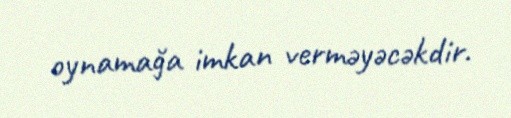
oynamağa imkan verməyəcəkdir.